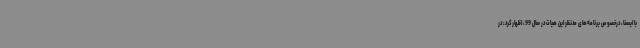
با ایسنا، درخصوص برنامه‌های مدنظر این هیات در سال 99، اظهارکرد: در